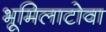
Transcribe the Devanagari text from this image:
भूमिलाटोवा